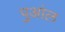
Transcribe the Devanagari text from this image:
पुआंल